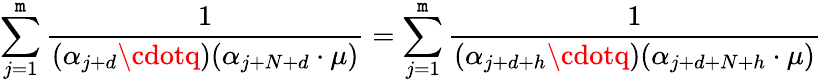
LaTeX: \sum_{j=1}^{\mathtt{m}}{\frac{{1}}{{(\alpha_{j+d}\cdotq)(\alpha_{j+N+d}\cdot\mu)}}}=\sum_{j=1}^{\mathtt{m}}{\frac{{1}}{{(\alpha_{j+d+h}\cdotq)(\alpha_{j+d+N+h}\cdot\mu)}}}